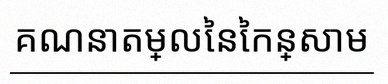
គណនាតម្លៃនៃកន្សោម